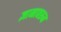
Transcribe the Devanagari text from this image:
ज्ञानावरून